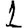
Digit: 1